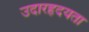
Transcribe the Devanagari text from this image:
उदारहृदयता